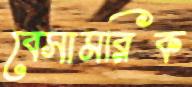
বেসামরিক